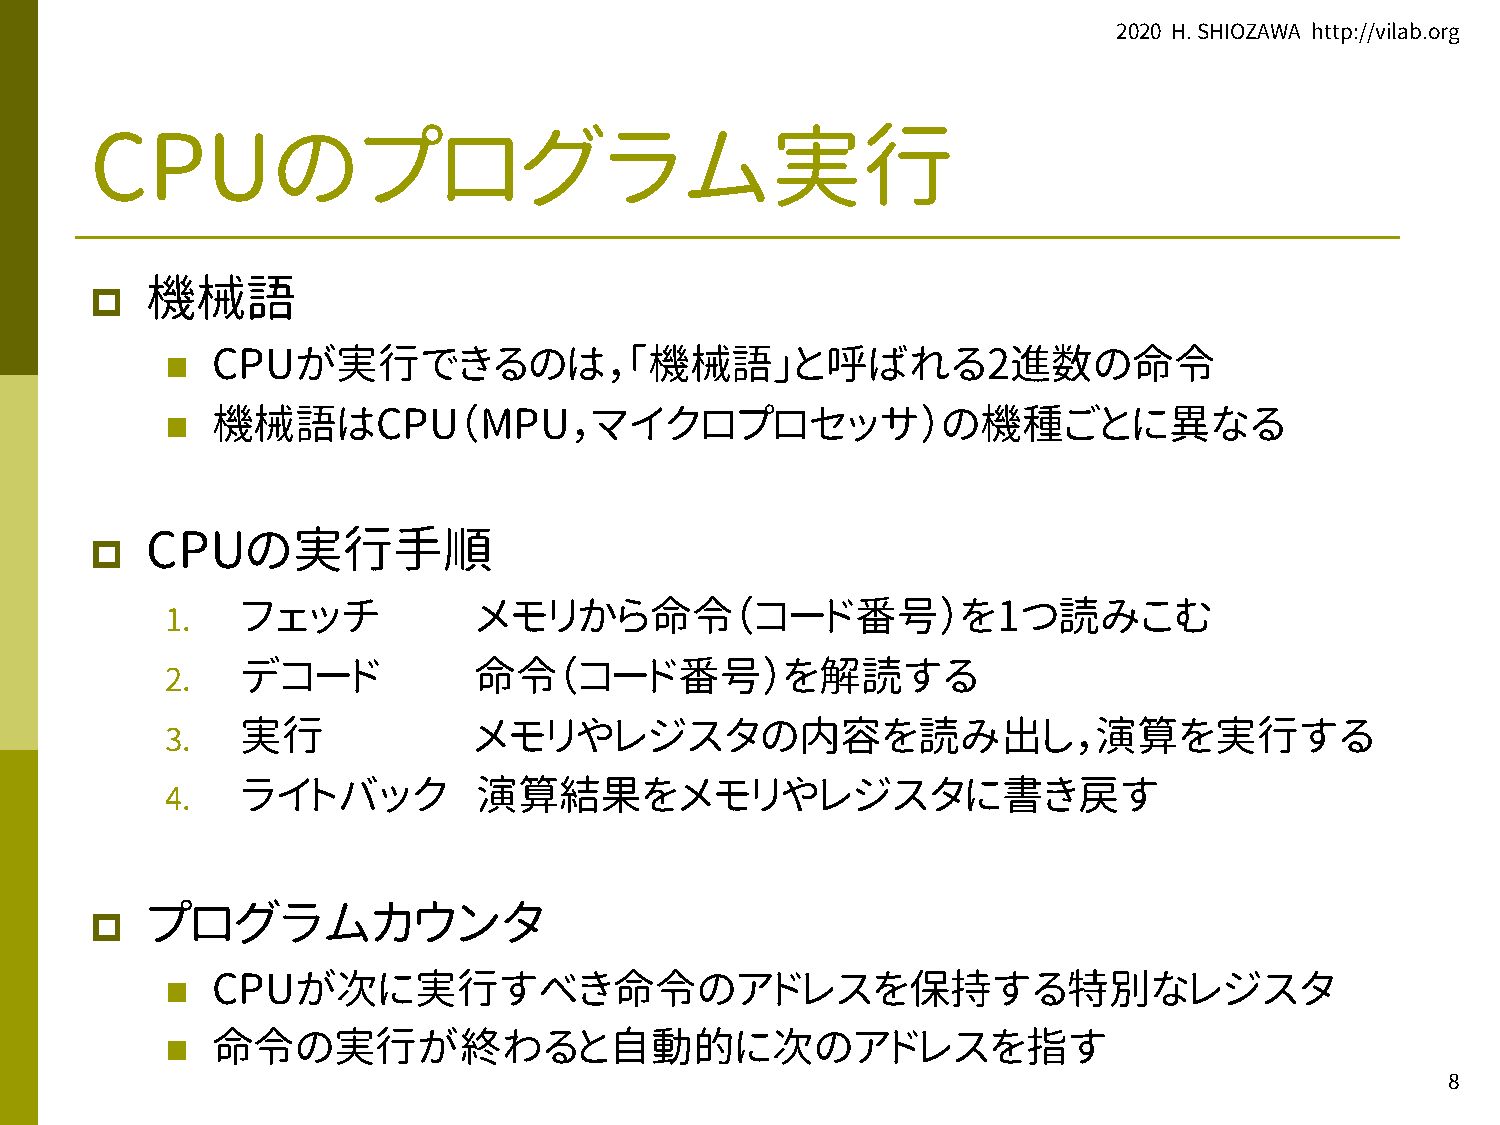
2020 H. SHIOZAWA http://vilab.org
 CPUのプログラム実行
 p   機械語
 n  CPUが実行できるのは，「機械語」と呼ばれる2進数の命令
 n  機械語はCPU（MPU，マイクロプロセッサ）の機種ごとに異なる
 p   CPUの実行手順
 フェッチ           メモリから命令（コード番号）を1つ読みこむ
 1.
 デコード           命令（コード番号）を解読する
 2.
 実行             メモリやレジスタの内容を読み出し，演算を実行する
 3.
 ライトバック          演算結果をメモリやレジスタに書き戻す
 4.
 p   プログラムカウンタ
 n  CPUが次に実行すべき命令のアドレスを保持する特別なレジスタ
 n  命令の実行が終わると自動的に次のアドレスを指す
 8